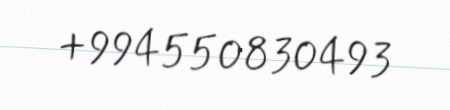
+994550830493